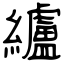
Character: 纑